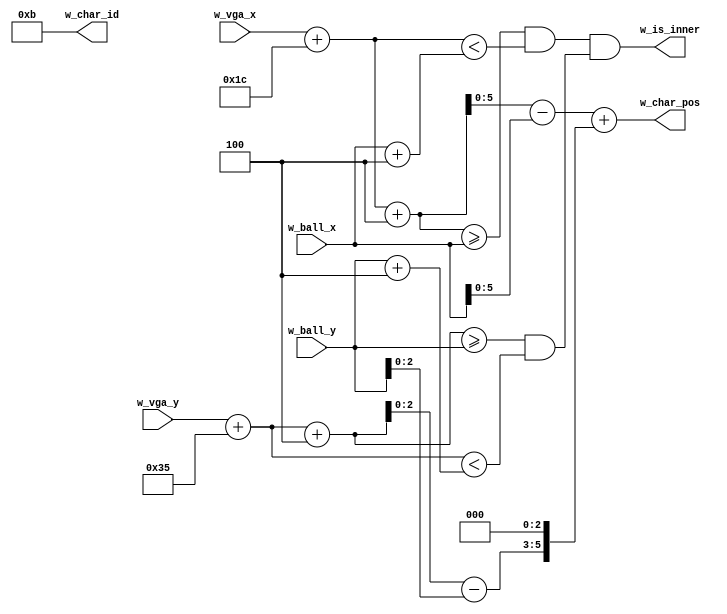
`default_nettype none

module m_ball
  #(parameter CHAR_BITS = 4, BALL_ORIGIN_X = 28, BALL_ORIGIN_Y = 53)
  (input wire [7:0] w_ball_x, w_ball_y,
   input wire [15:0] w_vga_x, w_vga_y,
   output wire w_is_inner,
   output wire [(CHAR_BITS - 1):0] w_char_id,
   output wire [5:0] w_char_pos);
  
  wire [15:0] w_virtual_vga_x = w_vga_x + BALL_ORIGIN_X;
  wire [15:0] w_virtual_vga_y = w_vga_y + BALL_ORIGIN_Y;
  wire w_is_inner_v = ((w_virtual_vga_x + 4 >= w_ball_x) && (w_virtual_vga_x < w_ball_x + 4)); 
  wire w_is_inner_h = ((w_virtual_vga_y + 4 >= w_ball_y) && (w_virtual_vga_y < w_ball_y + 4));
  assign w_is_inner = w_is_inner_v & w_is_inner_h;
  assign w_char_id = 11;
  assign w_char_pos = (w_virtual_vga_x + 4 - w_ball_x) + ((w_virtual_vga_y + 4 - w_ball_y) << 3);
endmodule